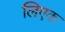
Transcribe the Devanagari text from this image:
लिएक